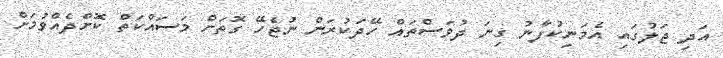
އަދި ޖަލުގައި އެމަނިކުފާނު ގިނަ ދުވަސްތައް ހޭދަކުރަން ނުޖެހޭ ގޮތަށް މަސައްކަތް ކޮށްދެއްވުމަށް